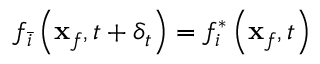
f _ { \bar { i } } \left( \mathbf { x } _ { f } , t + \delta _ { t } \right) = f _ { i } ^ { * } \left( \mathbf { x } _ { f } , t \right)